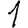
Digit: 1